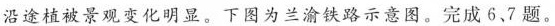
沿途植被景观变化明显。下图为兰渝铁路示意图。完成6、7题。